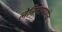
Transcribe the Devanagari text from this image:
लेनिनप्रमाणेच